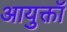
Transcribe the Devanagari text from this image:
आयुक्तॉ